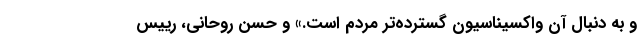
و به دنبال آن واکسیناسیون گسترده‌تر مردم است.» و حسن روحانی، رییس